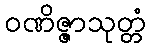
ဝဏိဇ္ဇာသုတ္တံ